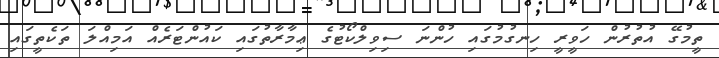
ތީމުގޭ އުތުރުން ހަވީރީ ހިނގުމުގައި ހުންނަ ސިވިލްކޯޓުގެ ޢިމާރާތުގައި ކައުންޓަރެއް އަމިއްލަ ތަކެތީގައި